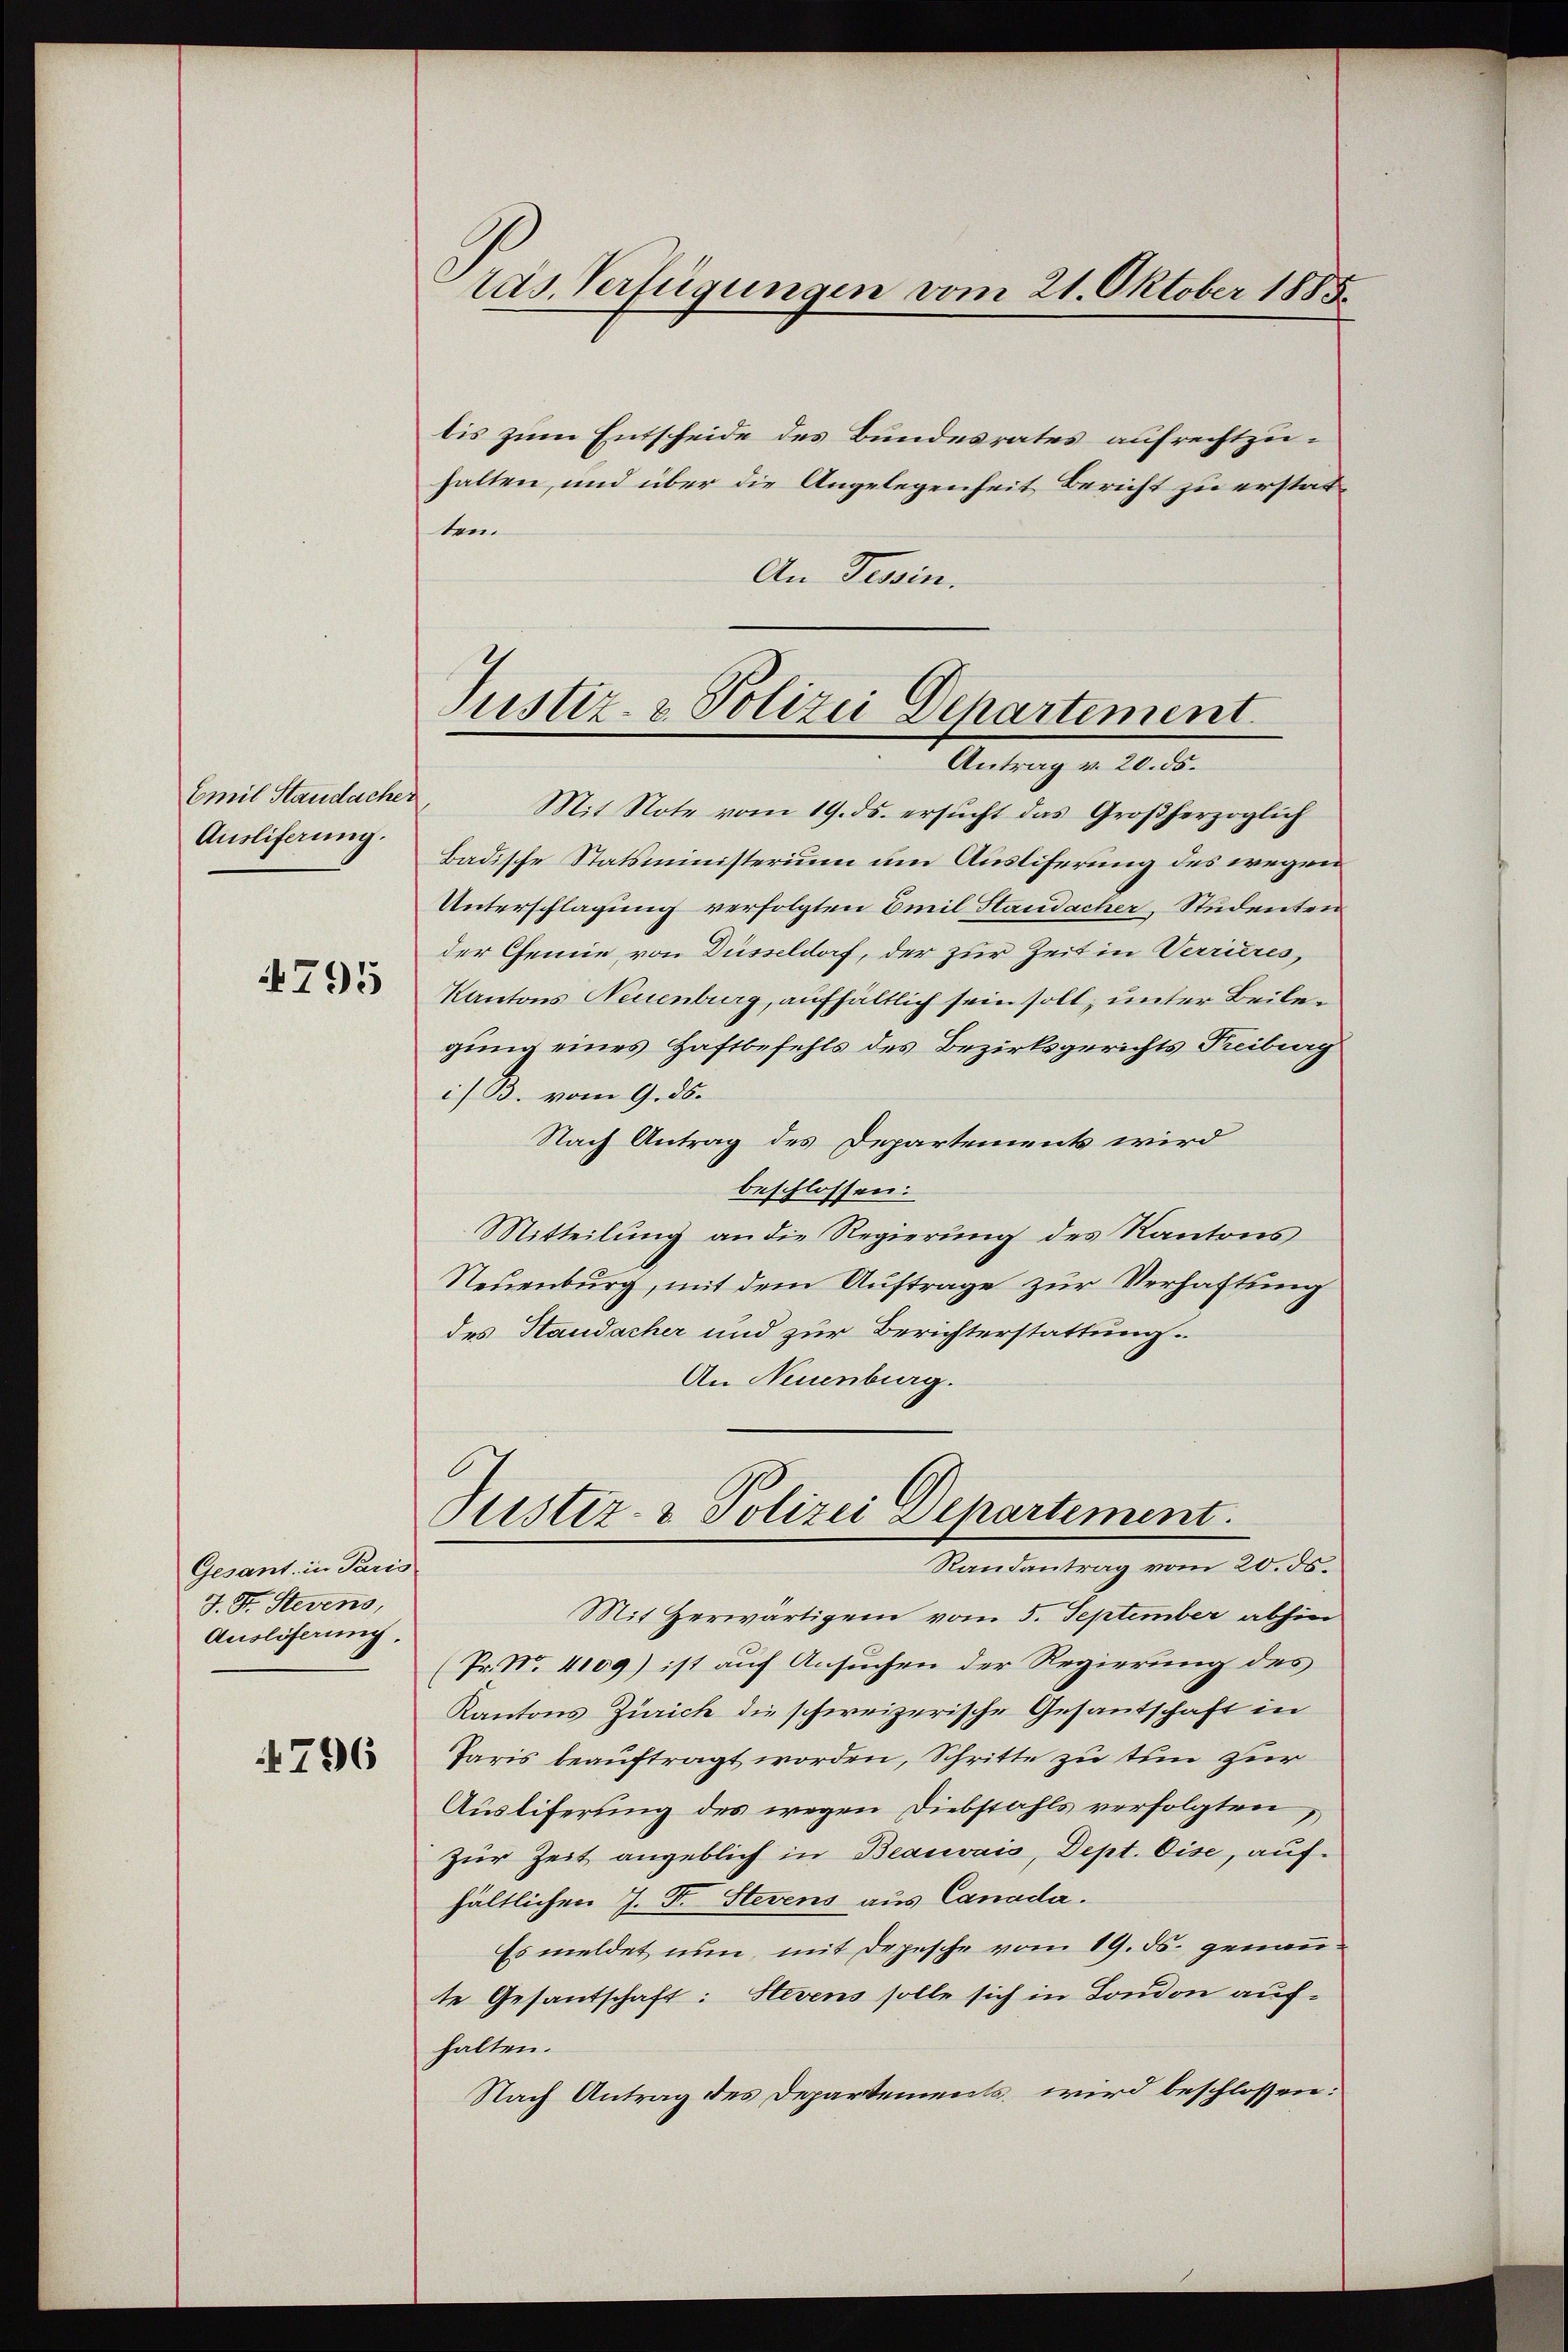
Emil Standacher
Ausliferung.

4795

Gesant. in Paris
J. St. Sterens,
Ausliserung.

4796

tas. Verfügungen vom 21. Oktober 1885.

bis zum Entscheide des Bundesrates aufrechtzuhalten, und über die Angelegenheit Bericht zu erstatten.
An Tessin.

Justiz- & Polizei Departement
Antrag v. 20. ds.

Mit Note vom 19. ds. ersŭcht das Großherzoglich
Badische Statsministerium um Ausliferung des wegen
Unterschlagung verfolgten Emil Standacher, Studenten
der Chemie von Düsseldorf, der zur Zeit in Verrieres,
Kantons Neuenburg, aufhältlich sein soll; unter Beilegung eines Haftbefehls des Bezirksgerichts Freiburg
i/B. vom 9. ds.
Nach Antrag des Departements wird
beschlossen:
Mitteilung an die Regierung des Kantons
Neuenburg, mit dem Auftrage zur Verhaftung
des Staudacher und zur Berichterstattung.
An Neuenburg.
Puster- & Polizei Departement.
Randantrag vom 20. ds.
Mit Herwärtigem vom 5. September abhin
(Pr. N. 4109) ist auf Ansuchen der Regierung des
Kantons Zürich die schweizerische Gesantschaft in
Paris beauftragt worden, Schritte zu tun zur
Auslieferung des wegen Diebstahls verfolgten,
zur Zeit angeblich in Beauvais, Dept. Eise, auf
hältlichen J. F. Stevens aus Canada.
Es meldet nun mit Depesche vom 19. ds. genante Gesandtschaft: Stevens solle sich in London aufhalten.
Nach Antrag des Departements wird beschlossen: